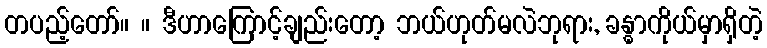
တပည့်တော်။ ။ ဒီဟာကြောင့်ချည်းတော့ ဘယ်ဟုတ်မလဲဘုရား, ခန္ဓာကိုယ်မှာရှိတဲ့